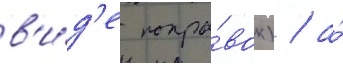
в'и́д'е попра́вок) / а́